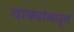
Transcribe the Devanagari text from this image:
वाक्यांमधून